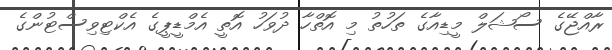
ރާއްޖޭގެ ސޯޝަލް މީޑިއާގެ ތަހުތު މި އޮތްހާ ދުވަހު އޮތީ އެމްޑީޕީގެ އެކްޓިވިސްޓުންގެ